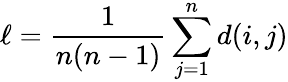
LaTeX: \ell=\frac 1{n(n-1)}\sum_{j=1}^{n}d(i,j)